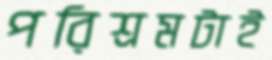
পরিশ্রমটাই